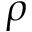
\rho